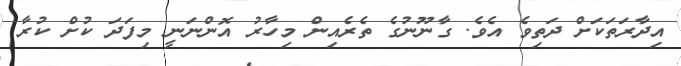
އިދާރަތަކަށް ދަތިވެ އެވެ. ގާނޫނުގެ ތެރެއިން މިހާރު އޮންނަނީ މިފަދަ ކުށް ކުރާ